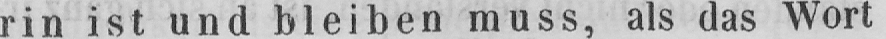
rin ist und bleiben muss, als das Wort